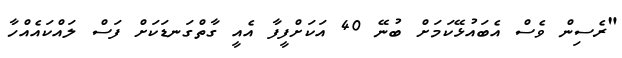
"ރެސިން ވެސް އެބައުޅޭކަމަށް ބުނޭ 40 އަކަށްފީފާ އެއީ ގާތްގަނޑަކަށް ފަސް ލައްކައެއްހާ